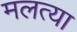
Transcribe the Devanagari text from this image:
मलत्या